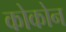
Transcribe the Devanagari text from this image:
कोकोन